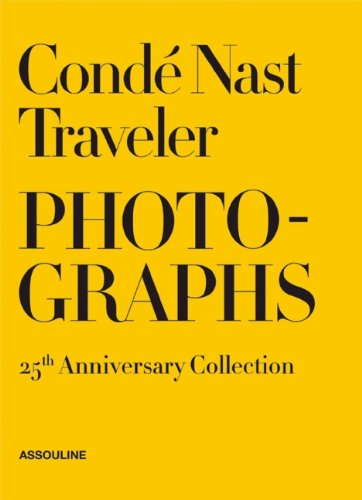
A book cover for Conde Nast Traveler: 25 Years of Photography; Travel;